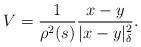
\begin{align*}V = \frac{1}{\rho^2(s)} \frac{x-y}{|x-y|_{\delta}^2}.\end{align*}